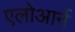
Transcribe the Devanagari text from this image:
एलोआर्न